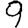
Digit: 9